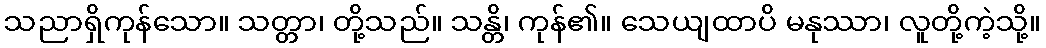
သညာရှိကုန်သော။ သတ္တာ၊ တို့သည်။ သန္တိ၊ ကုန်၏။ သေယျထာပိ မနုဿာ၊ လူတို့ကဲ့သို့။